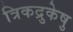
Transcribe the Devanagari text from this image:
त्रिकद्रुकेषु